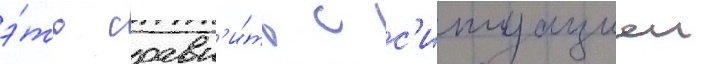
э́то сравн'и́ть с с'итуациеи